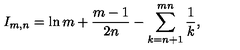
I _ { m , n } = \ln m + \frac { m - 1 } { 2 n } - \sum _ { k = n + 1 } ^ { m n } \frac { 1 } { k } ,